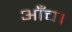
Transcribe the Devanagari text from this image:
आँच।